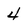
Character: 4